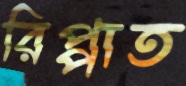
রিপ্পাত